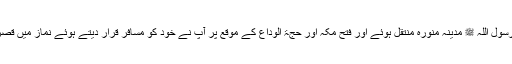
کیونکہ رسول اللہ ﷺ مدینہ منورہ منتقل ہوئے اور فتح مکہ اور حجۃ الوداع کے موقع پر آپ نے خود کو مسافر قرار دیتے ہوئے نماز میں قصر فرمایا۔